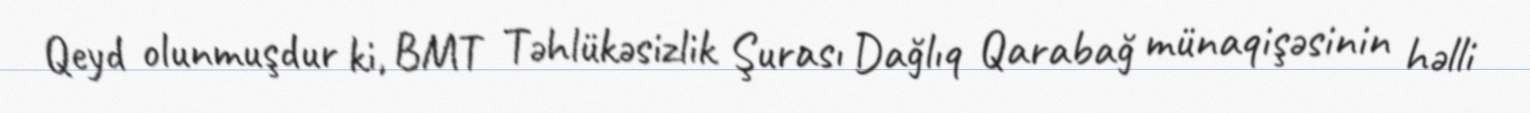
Qeyd olunmuşdur ki, BMT Təhlükəsizlik Şurası Dağlıq Qarabağ münaqişəsinin həlli